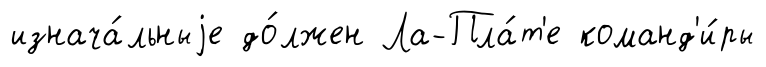
изнача́льныjе до́лжен Ла-Пла́т'е команд'и́ры